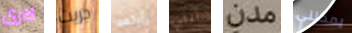
لارى جريت رأيتهما أنني مدن يمكنني